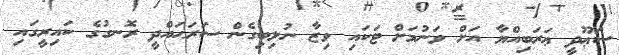
ސަޢޫދީ ޢަރަބިއްޔާ އަށް ވަނުމަށް ޓަކައި ވިޒާ ނުލިބިގެން ސަރަޙައްދީ ރޮނގުގެ ކައިރީގައި